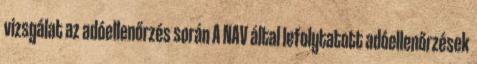
vizsgálat az adóellenőrzés során A NAV által lefolytatott adóellenőrzések